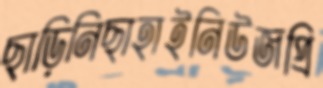
ছাড়িনিছাহাইনিউজপ্রি